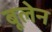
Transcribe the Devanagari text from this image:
बूलेन